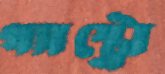
গ্যাস্ট্রো